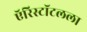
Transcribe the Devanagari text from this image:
ऍरिस्टॉटलला